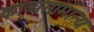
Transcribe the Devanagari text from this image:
काव्यसामान्य